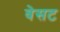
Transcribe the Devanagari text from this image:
वेसट